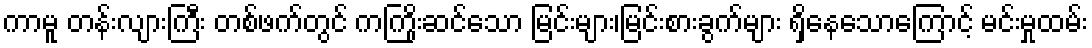
ကာမူ တန်းလျားကြီး တစ်ဖက်တွင် ကကြိုးဆင်သော မြင်းများ၊မြင်းစားခွက်များ ရှိနေသောကြောင့် မင်းမှုထမ်း